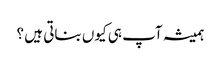
ہمیشہ آپ ہی کیوں بناتی ہیں ؟